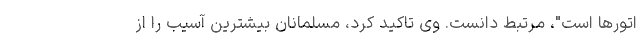
اتورها است"، مرتبط دانست. وی تاکید کرد، مسلمانان بیشترین آسیب را از